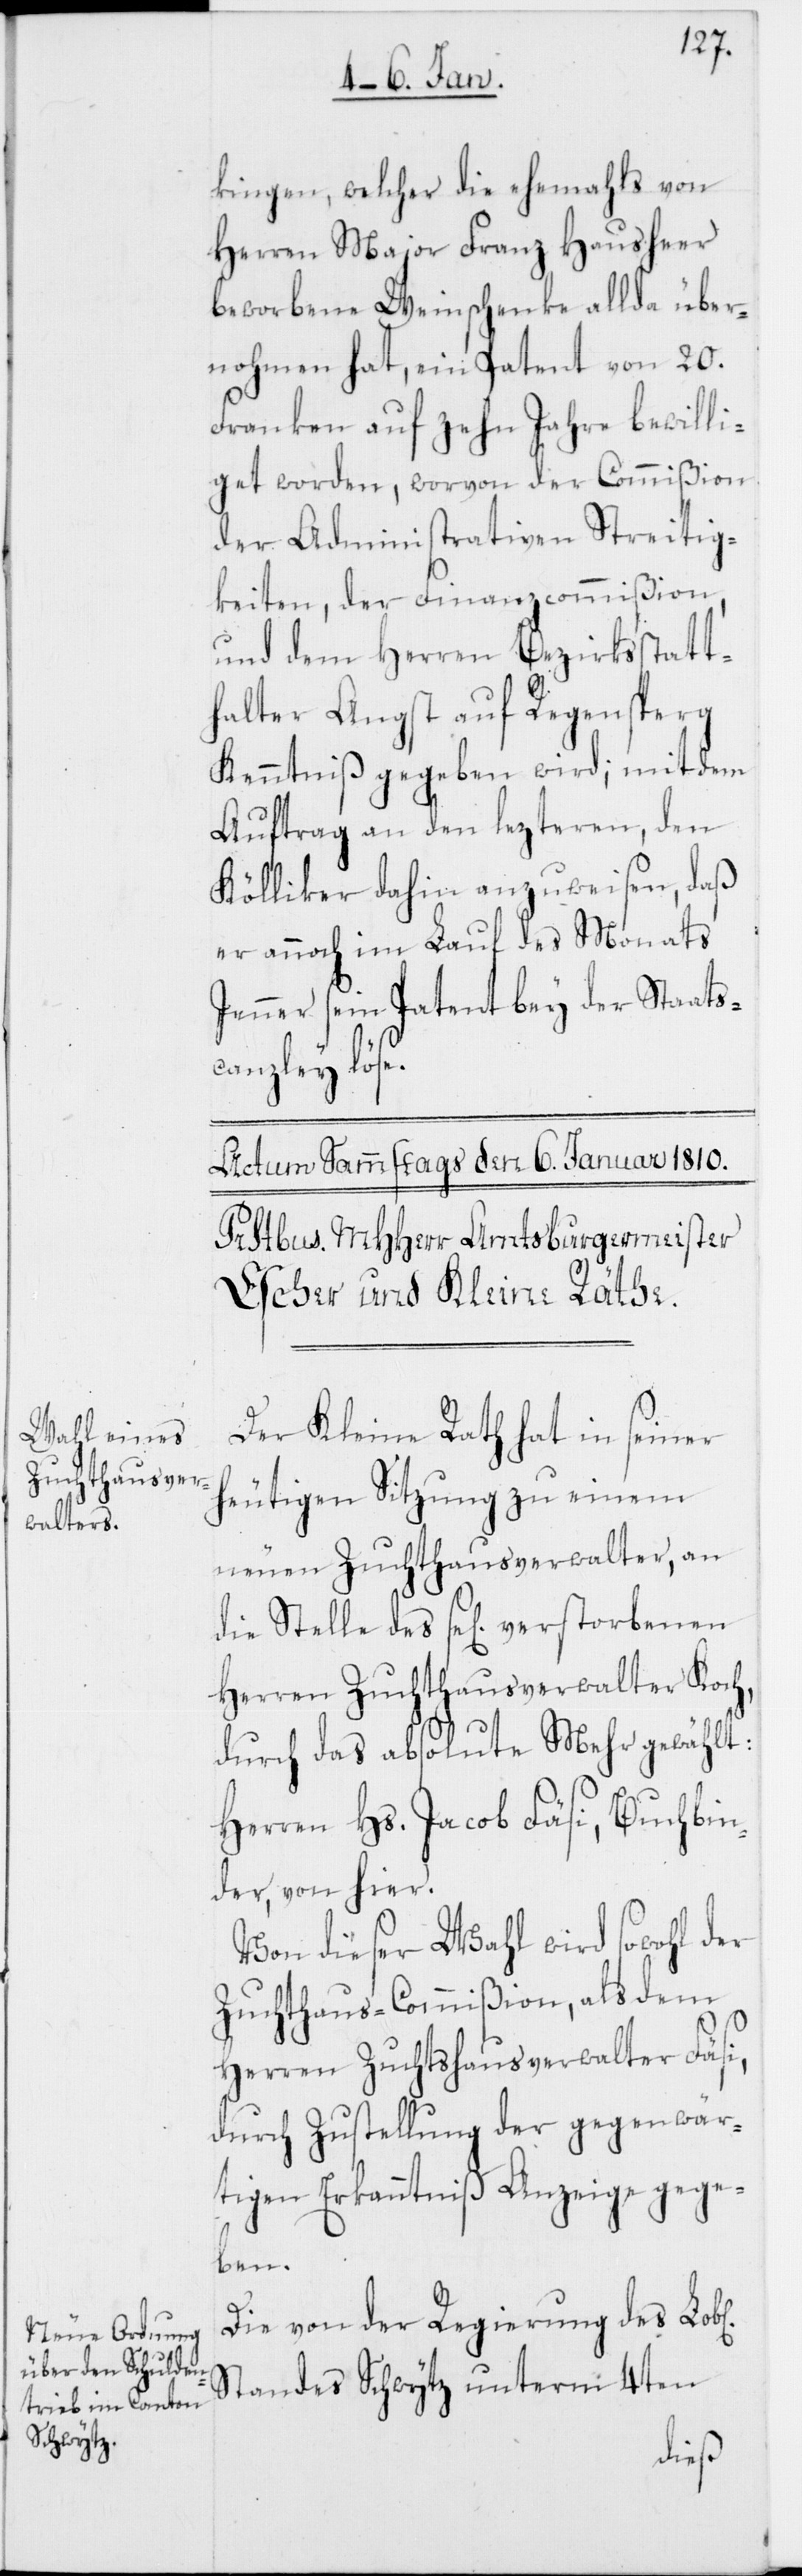
kingen, welcher die ehemahls von
Herren Major Franz Hausheer
beworbene Weinschenke allda über¬
nohmen hat, ein Patent von 20.
Franken auf zehn Jahre bewilli¬
get worden, worvon der Commißion
der Administrativen Streitig¬
keiten, der Finanzcommißion,
und dem Herren Bezirksstatt¬
halter Angst auf Regensperg
Kenntniß gegeben wird; mit dem
Auftrag an den lezteren, den
Kölliker dahin anzuweisen, daß
er annoch im Lauf des Monats
Jenner sein Patent bey der Staats¬
canzley löse.
Der Kleine Rath hat in seiner
heutigen Sitzung zu einem
neuen Zuchthausverwalter an
die Stelle des se[lig] verstorbenen
Herren Zuchthausverwalter Koch,
durch das absolute Mehr gewählt:
Herren Hs. Jacob Fäsi, Buchbin¬
der, von hier.
Von dieser Wahl wird sowohl der
Zuchthaus-Commißion, als dem
Herren Zuchthausverwalter Fäsi,
durch Zustellung der gegenwär¬
tigen Erkanntniß Anzeige gege¬
ben.
Die von der Regierung des
Standes Schwytz unterm 4ten